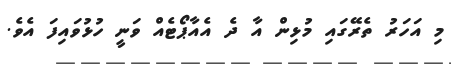
މި އަހަރު ތެރޭގައި މުޅިން އާ ދެ އެއާޕޯޓެއް ވަނީ ހުޅުވައިފަ އެވެ.